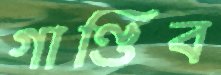
গাণ্ডিব